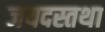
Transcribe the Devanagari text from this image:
जयदस्तथा